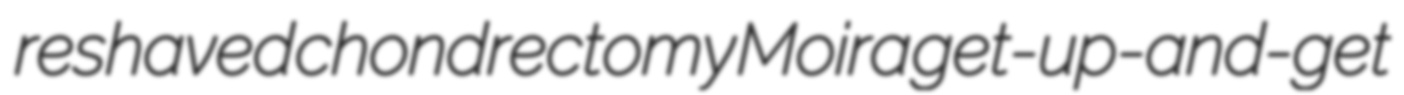
reshaved chondrectomy Moira get-up-and-get